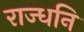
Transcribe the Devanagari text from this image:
राज्धनि